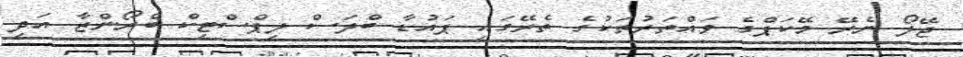
ޖޭލޯ ނެރޭ މޭކަޕްގެ ވައްތަރުތަކުގެ ތެރޭގައި ޕައުޑާ ބްލަސް ލިޕްސްޓިކް ބްރޯންޒާ އަދި